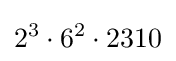
2^{3}\cdot 6^{2}\cdot 2310